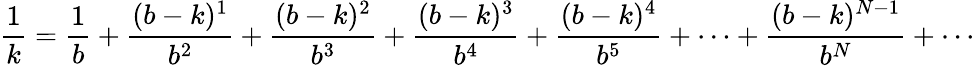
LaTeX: {\frac{1}{k}}={\frac{1}{b}}+{\frac{(b-k)^{1}}{b^{2}}}+{\frac{(b-k)^{2}}{b^{3}}}+{\frac{(b-k)^{3}}{b^{4}}}+{\frac{(b-k)^{4}}{b^{5}}}+\cdots+{\frac{(b-k)^{N-1}}{b^{N}}}+\cdots